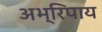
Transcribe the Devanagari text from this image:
अभ्रिपाय